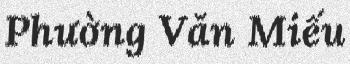
Phường Văn Miếu